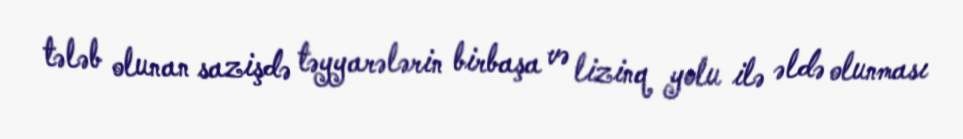
tələb olunan sazişdə təyyarələrin birbaşa və lizinq yolu ilə əldə olunması